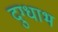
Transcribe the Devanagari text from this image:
दुग्धाभ